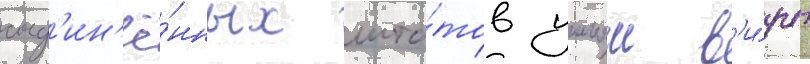
соед'ин'ё́нных шта́тов уильям в'и́рт